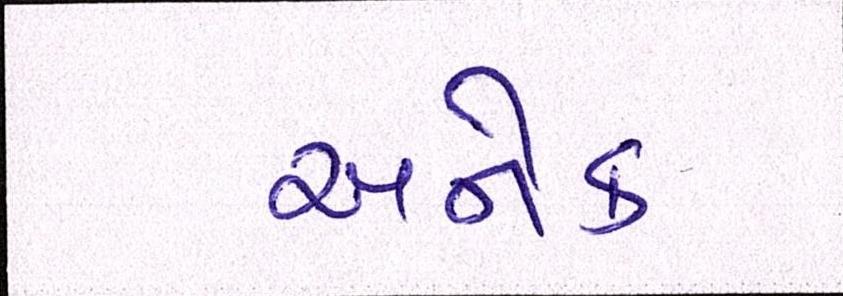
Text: અનેક